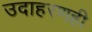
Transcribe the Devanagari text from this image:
उदाहरणही